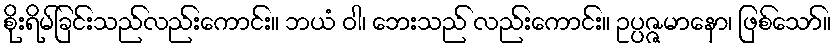
စိုးရိမ်ခြင်းသည်လည်းကောင်း။ ဘယံ ဝါ၊ ဘေးသည် လည်းကောင်း။ ဥပ္ပဇ္ဇမာနော၊ ဖြစ်သော်။